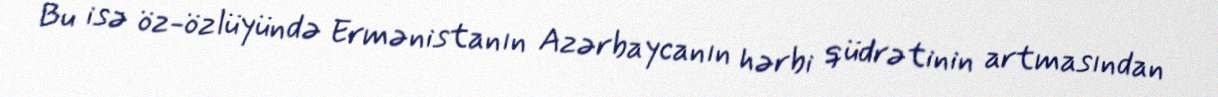
Bu isə öz-özlüyündə Ermənistanın Azərbaycanın hərbi qüdrətinin artmasından